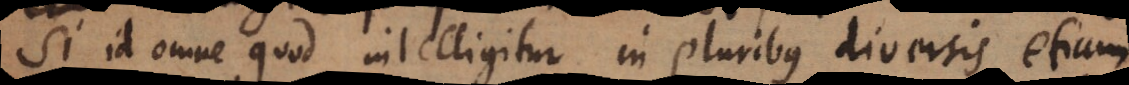
Si id omne quod intelligitur in pluribus diversis etiam